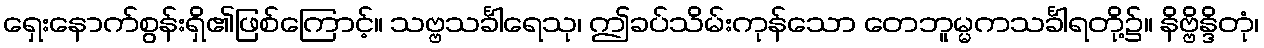
ရှေးနောက်စွန်းရှိ၏ဖြစ်ကြောင့်။ သဗ္ဗသင်္ခါရေသု၊ ဤခပ်သိမ်းကုန်သော တေဘူမ္မကသင်္ခါရတို့၌။ နိဗ္ဗိန္ဒိတုံ၊